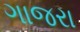
ગાજરા